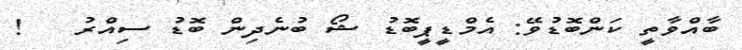
ބާއްވާތީ ކަންބޮޑުވޭ: އެމްޑީޕީބޮޑު ޝޯ ބުނެދިން ބޮޑު ސިއްރު   !